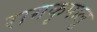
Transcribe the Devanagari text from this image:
रामकृपालु